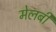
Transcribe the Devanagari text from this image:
मेलबी